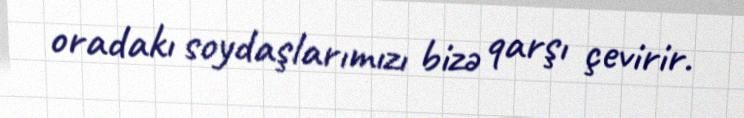
oradakı soydaşlarımızı bizə qarşı çevirir.